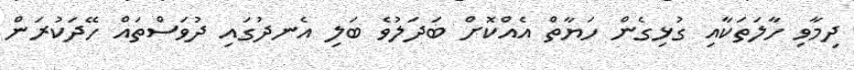
ދިމާވި ހާލަތަކާއި ގުޅިގެން ހަޔާތް އެއްކޮށް ބަދަލުވެ ބަލި އެނދުގައި ދުވަސްތައް ހޭދަކުރަން